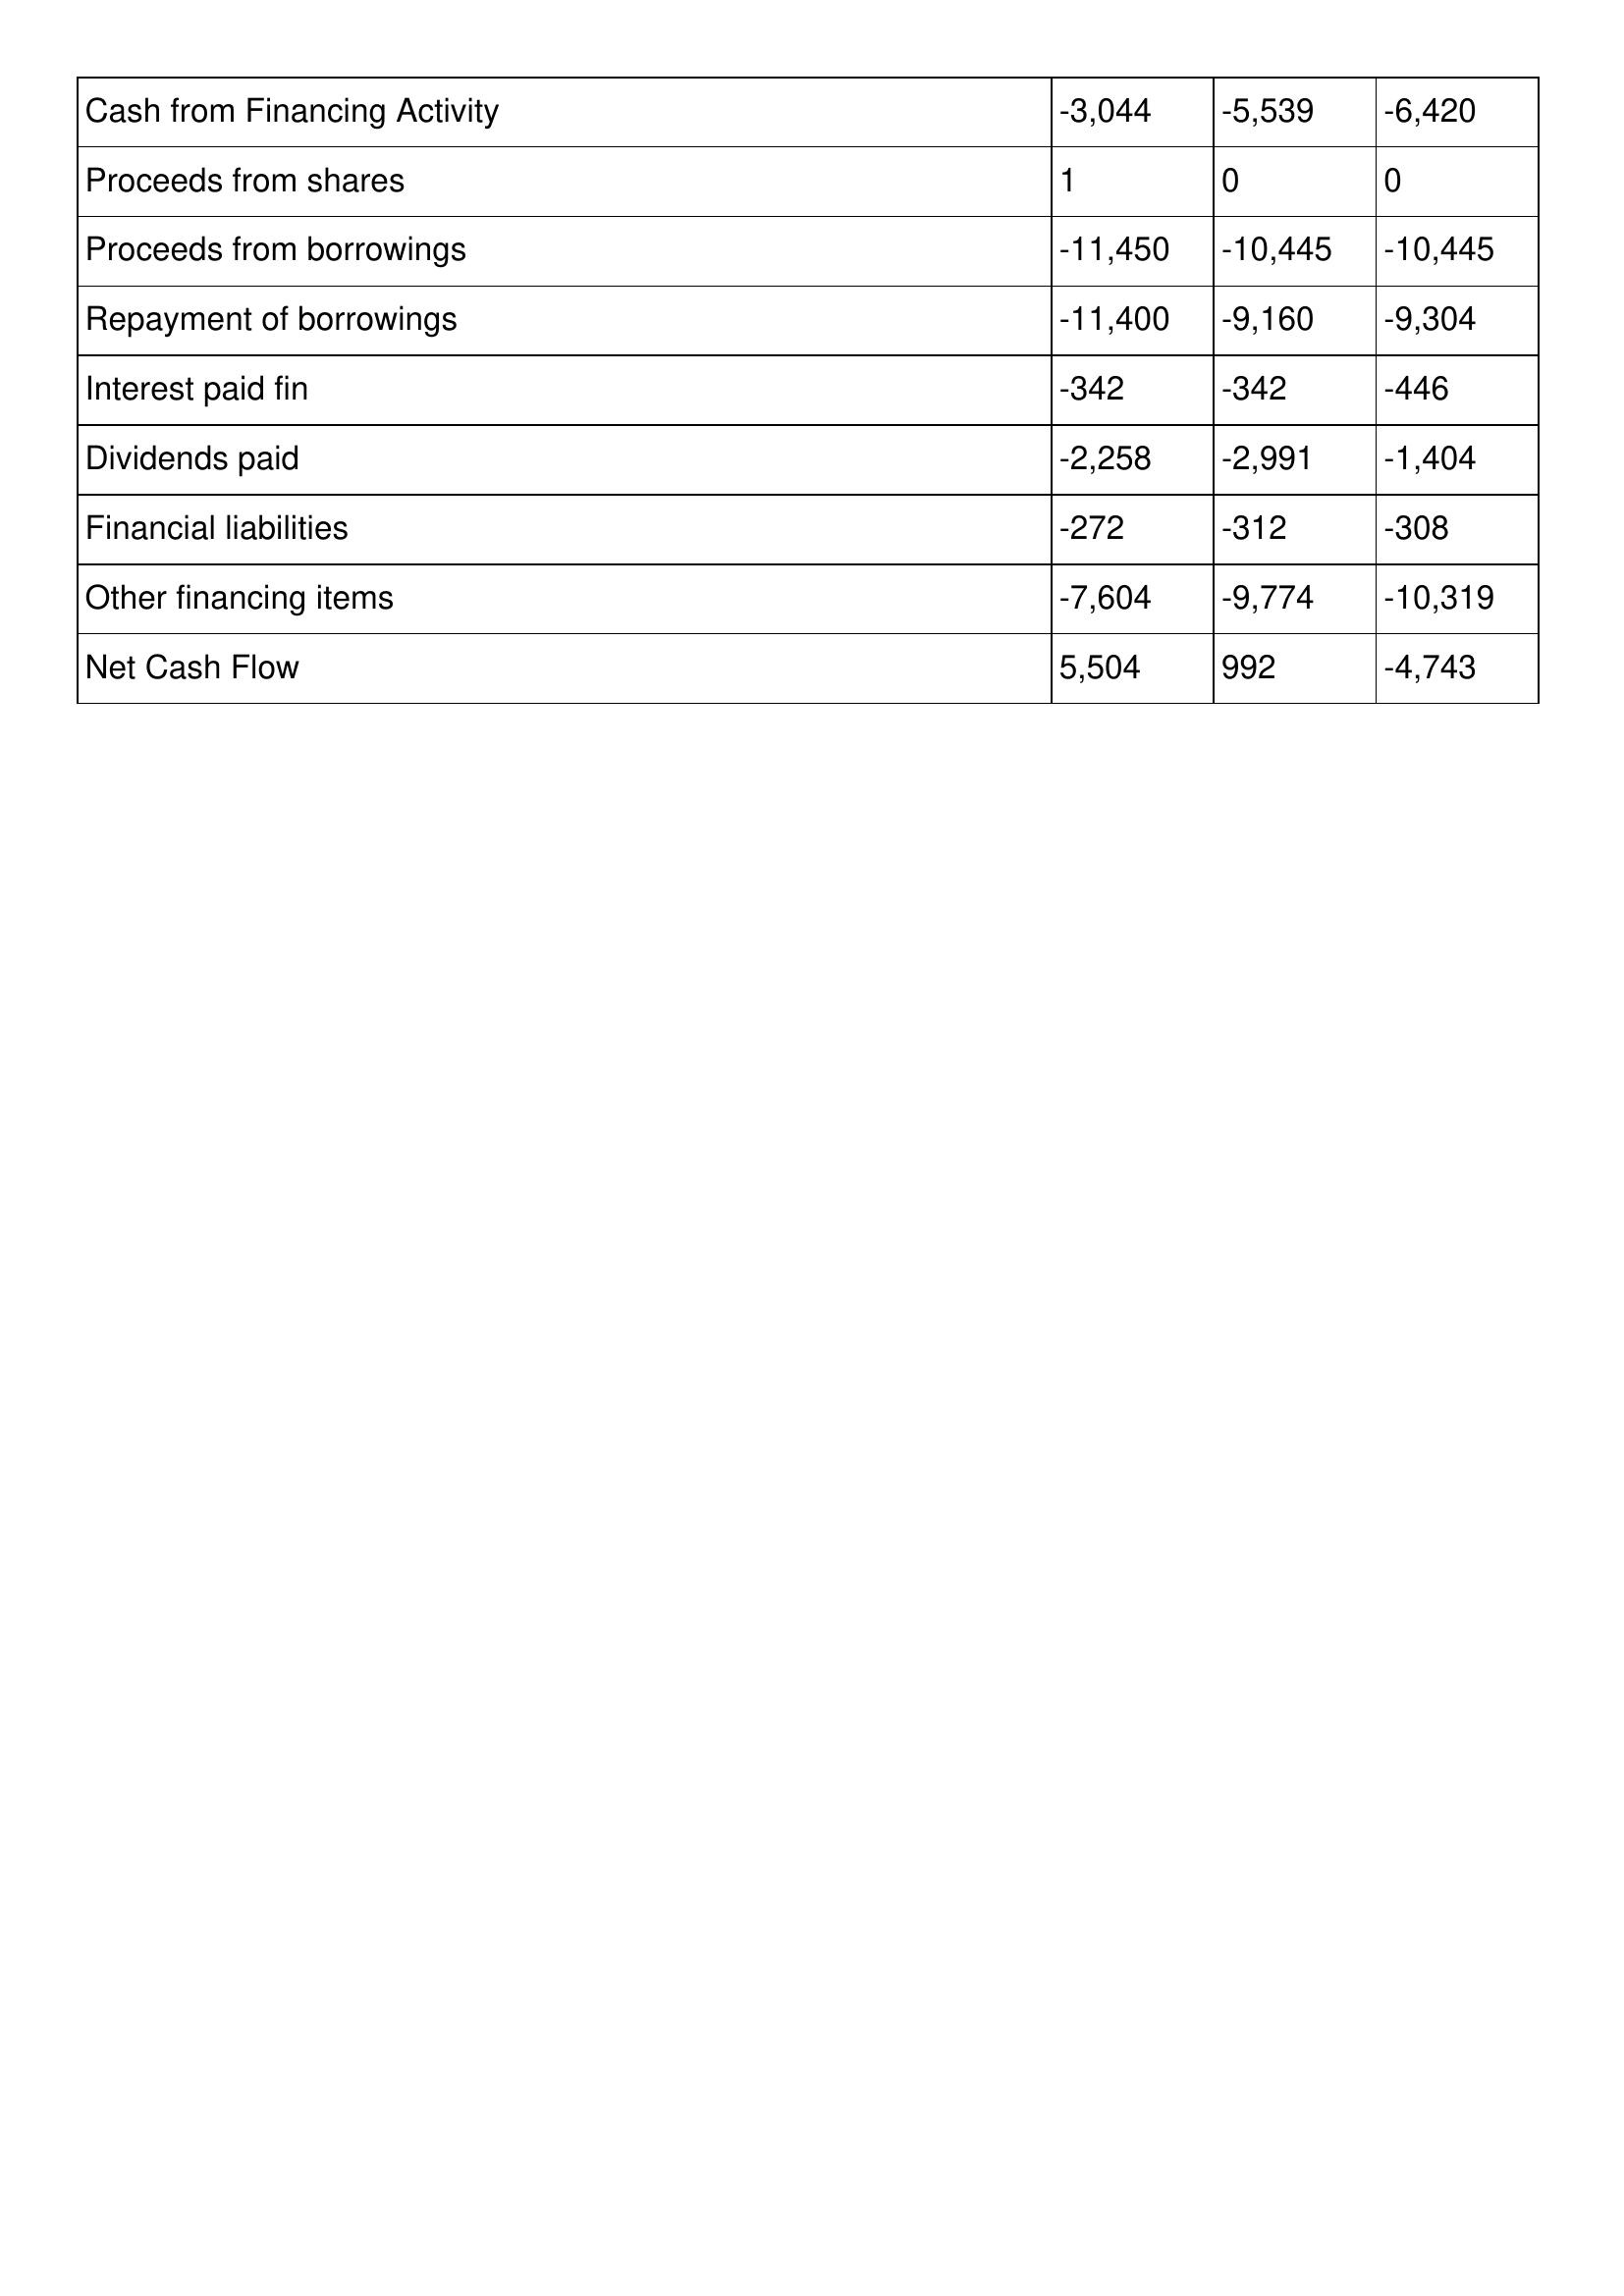
gt_parse: 2005: Cash Flows: Cash from Financing Activity: -3,044
Proceeds from shares: 1
Proceeds from borrowings: -11,450
Repayment of borrowings: -11,400
Interest paid fin: -342
Dividends paid: -2,258
Financial liabilities: -272
Other financing items: -7,604
Net Cash Flow: 5,504
2004: Cash Flows: Cash from Financing Activity: -5,539
Proceeds from shares: 0
Proceeds from borrowings: -10,445
Repayment of borrowings: -9,160
Interest paid fin: -342
Dividends paid: -2,991
Financial liabilities: -312
Other financing items: -9,774
Net Cash Flow: 992
2003: Cash Flows: Cash from Financing Activity: -6,420
Proceeds from shares: 0
Proceeds from borrowings: -10,445
Repayment of borrowings: -9,304
Interest paid fin: -446
Dividends paid: -1,404
Financial liabilities: -308
Other financing items: -10,319
Net Cash Flow: -4,743